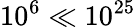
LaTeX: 10^{6}\ll 10^{25}